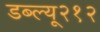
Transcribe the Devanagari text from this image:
डब्ल्यू२१२